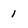
Character: 1